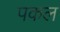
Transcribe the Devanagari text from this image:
पकल